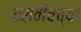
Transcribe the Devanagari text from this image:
बसवीच्च्या